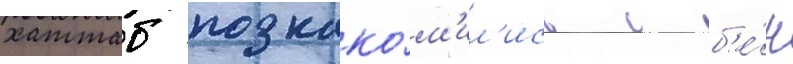
хаттаб познако́м'ил'ись с б'е́н